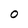
Character: 0